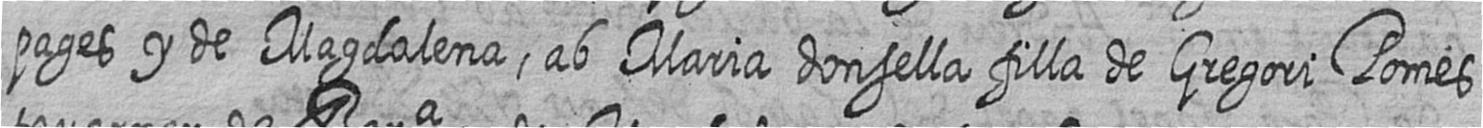
pages y de Magdalena ab Maria donsella filla de Gregori Pomes